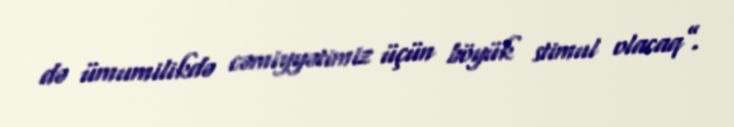
də ümumilikdə cəmiyyətimiz üçün böyük stimul olacaq”.